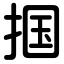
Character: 掴